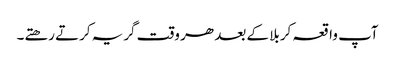
آپ واقعہ کربلا کے بعد ھر وقت گریہ کرتے رھتے۔